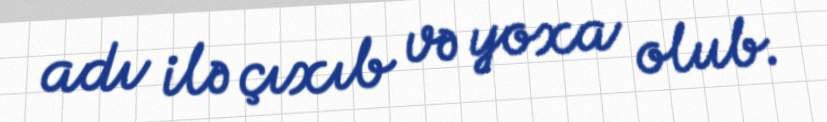
adı ilə çıxıb və yoxa olub.